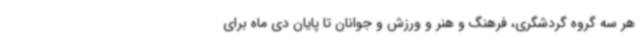
هر سه گروه گردشگری، فرهنگ و هنر و ورزش و جوانان تا پایان دی ماه برای